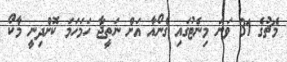
މެޗުގެ 31 ވަނަ މިނެޓުގައި ގެނޯއާ އަށް ނަތީޖާ ހަމަހަމަ ކޮށްދިނީ މާކޯ